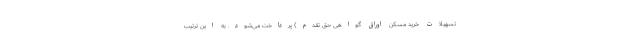
تسهیلات خرید مسکن اوراق گواهی حق تقدم) پرداخت می‌شود. به این ترتیب